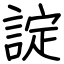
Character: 諚